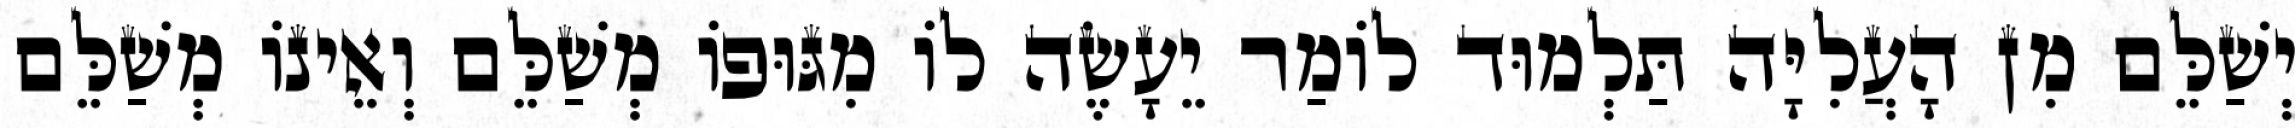
יְשַׁלֵּם מִן הָעֲלִיָּה תַּלְמוּד לוֹמַר יֵעָשֶׂה לוֹ מִגּוּפוֹ מְשַׁלֵּם וְאֵינוֹ מְשַׁלֵּם